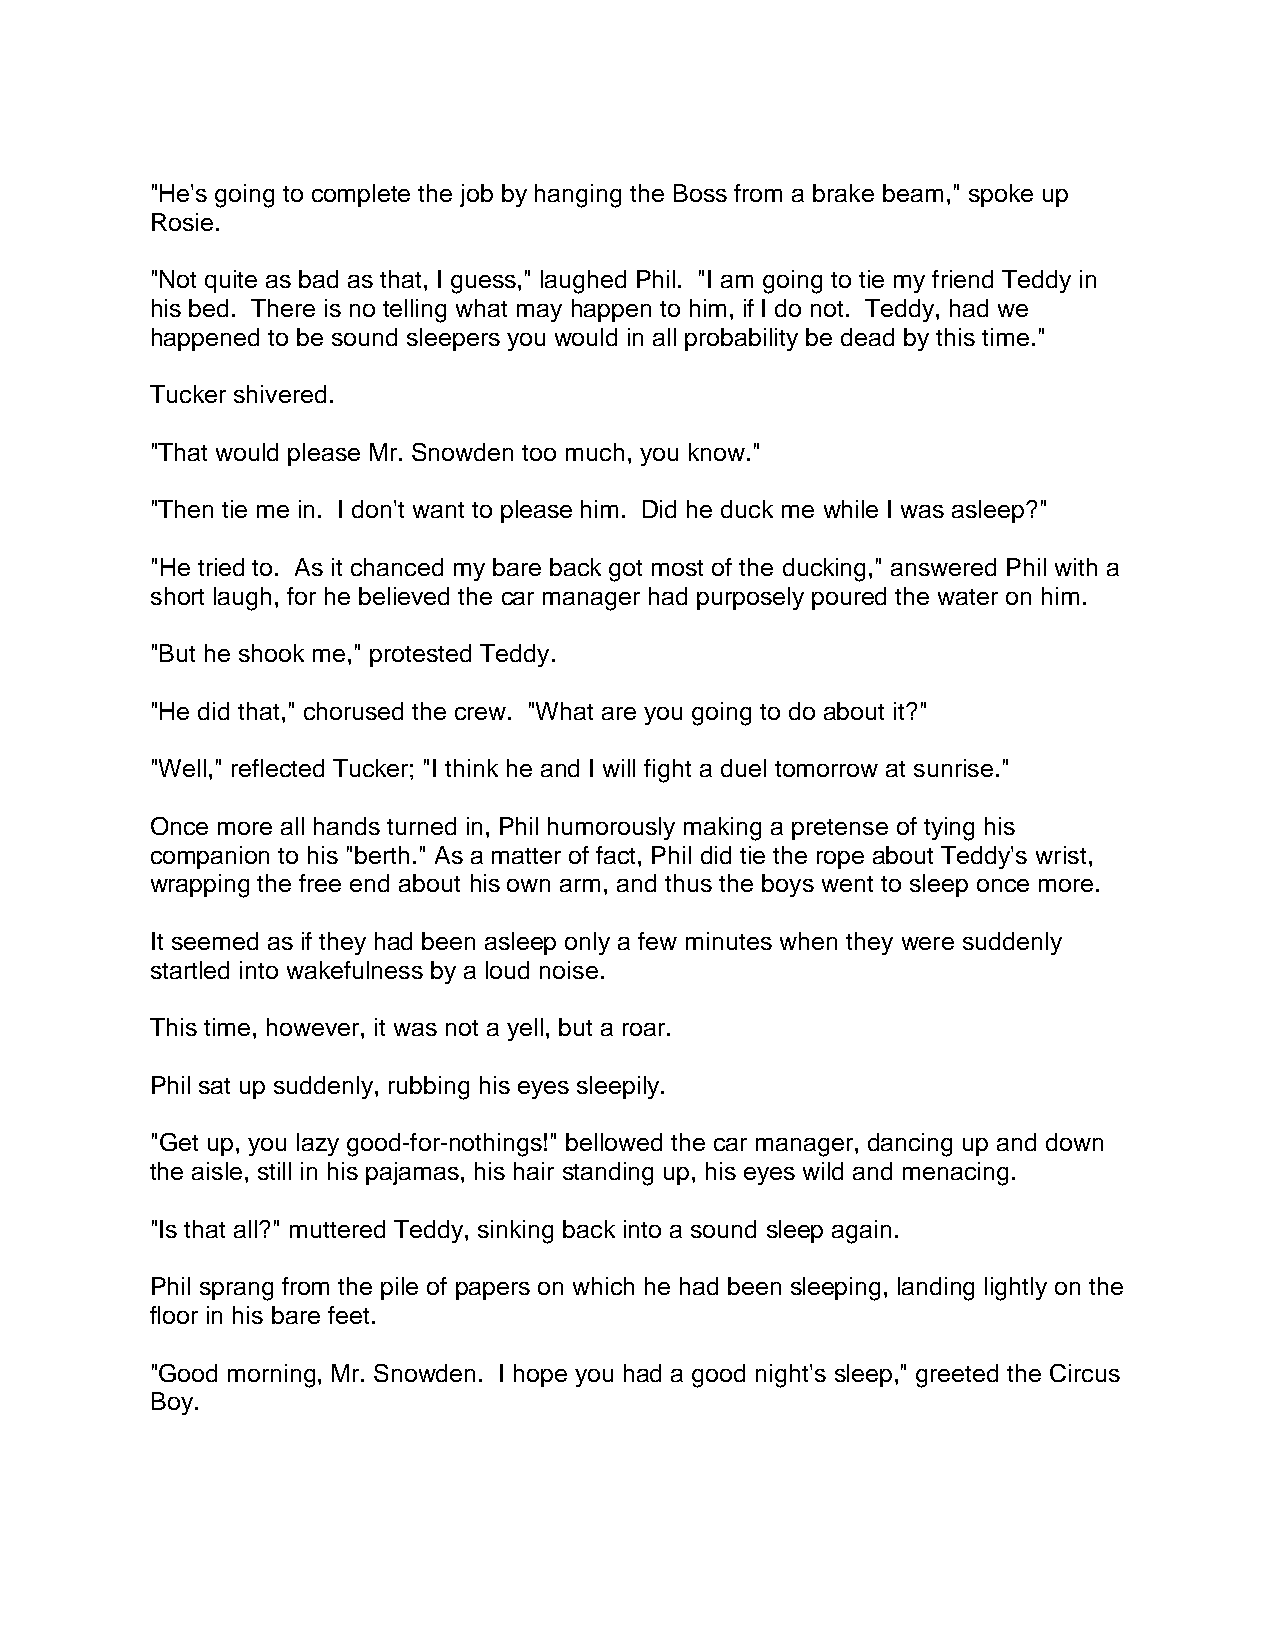
"He's going to complete the job by hanging the Boss from a brake beam," spoke up
 Rosie.
 "Not quite as bad as that, I guess," laughed Phil. "I am going to tie my friend Teddy in
 his bed. There is no telling what may happen to him, if I do not. Teddy, had we
 happened to be sound sleepers you would in all probability be dead by this time."
 Tucker shivered.
 "That would please Mr. Snowden too much, you know."
 "Then tie me in. I don't want to please him. Did he duck me while I was asleep?"
 "He tried to. As it chanced my bare back got most of the ducking," answered Phil with a
 short laugh, for he believed the car manager had purposely poured the water on him.
 "But he shook me," protested Teddy.
 "He did that," chorused the crew. "What are you going to do about it?"
 "Well," reflected Tucker; "I think he and I will fight a duel tomorrow at sunrise."
 Once more all hands turned in, Phil humorously making a pretense of tying his
 companion to his "berth." As a matter of fact, Phil did tie the rope about Teddy's wrist,
 wrapping the free end about his own arm, and thus the boys went to sleep once more.
 It seemed as if they had been asleep only a few minutes when they were suddenly
 startled into wakefulness by a loud noise.
 This time, however, it was not a yell, but a roar.
 Phil sat up suddenly, rubbing his eyes sleepily.
 "Get up, you lazy good-for-nothings!" bellowed the car manager, dancing up and down
 the aisle, still in his pajamas, his hair standing up, his eyes wild and menacing.
 "Is that all?" muttered Teddy, sinking back into a sound sleep again.
 Phil sprang from the pile of papers on which he had been sleeping, landing lightly on the
 floor in his bare feet.
 "Good morning, Mr. Snowden. I hope you had a good night's sleep," greeted the Circus
 Boy.